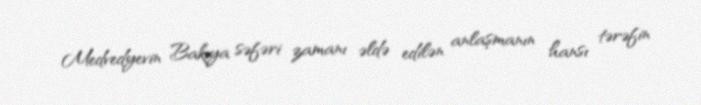
Medvedyevin Bakıya səfəri zamanı əldə edilən anlaşmanın hansı tərəfin